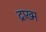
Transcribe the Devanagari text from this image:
द्राख्म